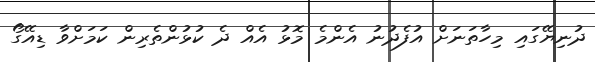
ދުނިޔޭގައި މިހާތަނަށް އުފެދުނު އެންމެ މޮޅު އެއް ދެ ކުޅުންތެރިން ކަމަށްވާ ޑިއޭގޯ